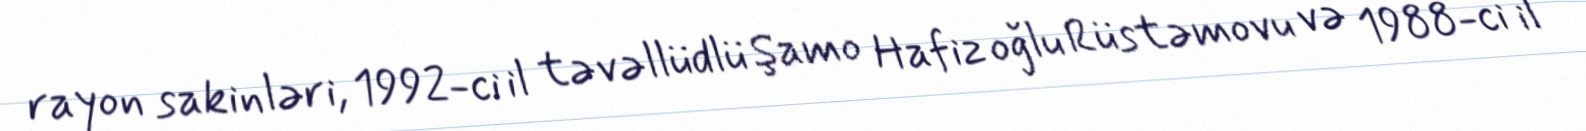
rayon sakinləri, 1992-ci il təvəllüdlü Şamo Hafiz oğlu Rüstəmovu və 1988-ci il